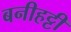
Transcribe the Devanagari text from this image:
बनीहट्टी